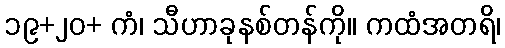
၁၉+၂၀+ ကံ၊ သီဟာခုနစ်တန်ကို။ ကထံအတရိ၊